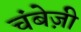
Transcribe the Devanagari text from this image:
चंबेज़ी